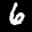
Label: 6